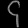
Digit: ၄